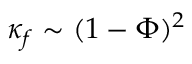
\kappa _ { f } \sim ( 1 - \Phi ) ^ { 2 }